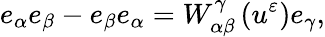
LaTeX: e_{\alpha}e_{\beta}-e_{\beta}e_{\alpha}=W_{\alpha\beta}^{\gamma}\left(u^{\varepsilon}\right)e_{\gamma},